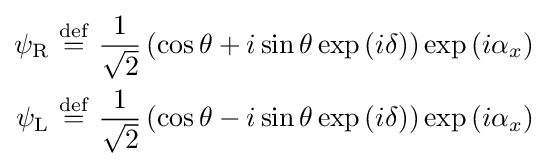
{\begin{aligned}\psi _{\mathrm {R} }~&{\stackrel {\mathrm {def} }{=}}~{\frac {1}{\sqrt {2}}}\left(\cos \theta +i\sin \theta \exp \left(i\delta \right)\right)\exp \left(i\alpha _{x}\right)\\\psi _{\mathrm {L} }~&{\stackrel {\mathrm {def} }{=}}~{\frac {1}{\sqrt {2}}}\left(\cos \theta -i\sin \theta \exp \left(i\delta \right)\right)\exp \left(i\alpha _{x}\right)\end{aligned}}